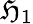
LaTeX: {\mathfrak{H}}_{1}